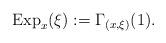
LaTeX: \begin{align*}{\rm Exp}_x(\xi):=\Gamma_{(x,\xi)}(1). \end{align*}